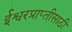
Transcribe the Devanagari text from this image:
ईश्वरप्राप्‍तीसाठी